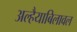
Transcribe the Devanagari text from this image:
अल्हैयाबिलावल